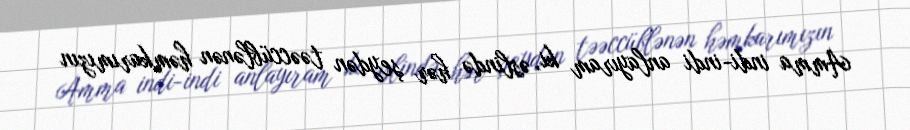
Amma indi-indi anlayıram ki, əslində hər şeydən təəccüblənən həmkarımızın